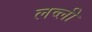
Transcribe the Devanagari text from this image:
लव्ली